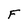
Character: F